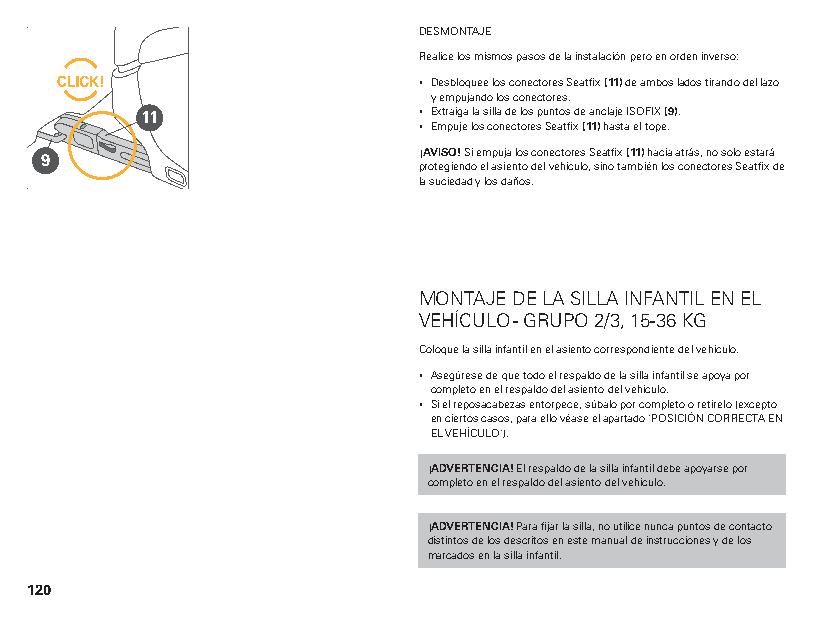
DESMONTAJE
 Realice los mismos pasos de la instalación pero en orden inverso:
 ▪ Desbloquee los conectores Seatfix (11) de ambos lados tirando del lazo
 y empujando los conectores.
 11                 ▪ Extraiga la silla de los puntos de anclaje ISOFIX (9).
 ▪ Empuje los conectores Seatfix (11) hasta el tope.
 9                        ¡AVISO! Si empuja los conectores Seatfix (11) hacia atrás, no solo estará
 protegiendo el asiento del vehículo, sino también los conectores Seatfix de
 la suciedad y los daños.
 MONTAJE DE LA SILLA INFANTIL EN EL
 VEHÍCULO - GRUPO 2/3, 15-36 KG
 Coloque la silla infantil en el asiento correspondiente del vehículo.
 ▪ Asegúrese de que todo el respaldo de la silla infantil se apoya por
 completo en el respaldo del asiento del vehículo.
 ▪ Si el reposacabezas entorpece, súbalo por completo o retírelo (excepto
 en ciertos casos, para ello véase el apartado "POSICIÓN CORRECTA EN
 EL VEHÍCULO").
 ¡ADVERTENCIA! El respaldo de la silla infantil debe apoyarse por
 completo en el respaldo del asiento del vehículo.
 ¡ADVERTENCIA! Para fijar la silla, no utilice nunca puntos de contacto
 distintos de los descritos en este manual de instrucciones y de los
 marcados en la silla infantil.
 120